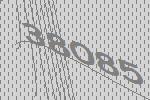
38085